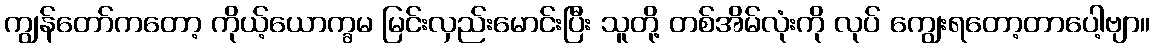
ကျွန်တော်ကတော့ ကိုယ့်ယောက္ခမ မြင်းလှည်းမောင်းပြီး သူတို့ တစ်အိမ်လုံးကို လုပ် ကျွေးရတော့တာပေါ့ဗျာ။